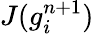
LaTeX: J(g_{i}^{n+1})